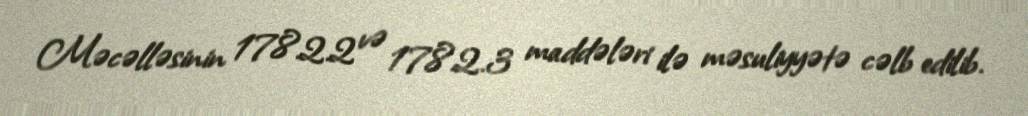
Məcəlləsinin 178.2.2 və 178.2.3 maddələri ilə məsuliyyətə cəlb edilib.